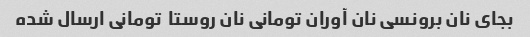
بجای نان برونسی نان آوران تومانی نان روستا  تومانی ارسال شده